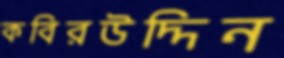
কবিরউদ্দিন